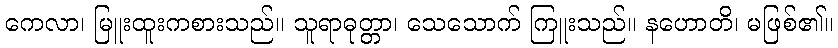
ကေလာ၊ မြူးထူးကစားသည်။ သူရာဓုတ္တာ၊ သေသောက် ကြူးသည်။ နဟောတိ၊ မဖြစ်၏။